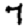
Digit: 7